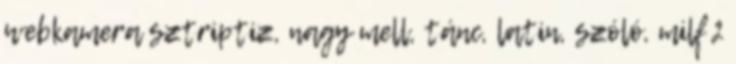
webkamera sztriptiz, nagy mell, tánc, latin, szóló, milf 2